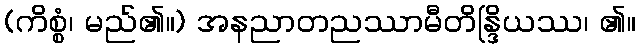
(ကိစ္စံ၊ မည်၏။) အနညာတညဿာမီတိန္ဒြိယဿ၊ ၏။